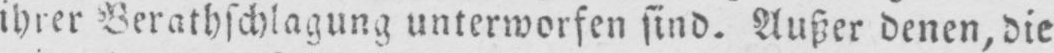
ihrer Berathschlagung unterworfen sind. Außer denen, die